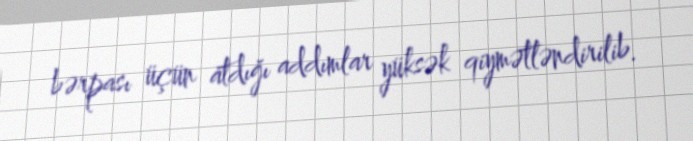
bərpası üçün atdığı addımlar yüksək qiymətləndirilib.